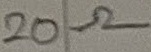
Text: 20Ω